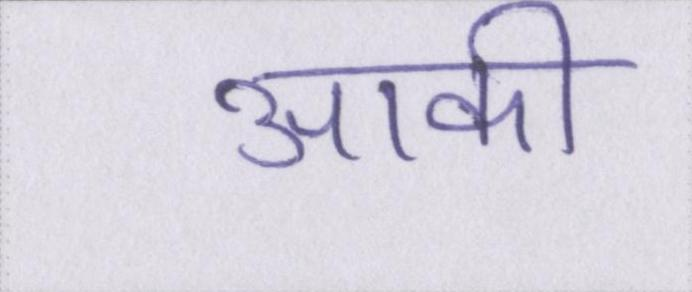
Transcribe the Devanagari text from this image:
आकी